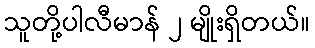
သူတို့ပါလီမာန် ၂ မျိုးရှိတယ်။